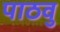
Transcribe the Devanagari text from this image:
पाठवु